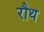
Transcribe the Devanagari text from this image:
रौथ